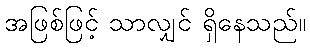
အဖြစ်ဖြင့် သာလျှင် ရှိနေသည်။